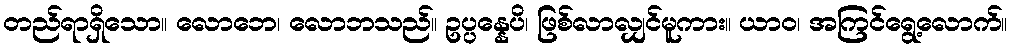
တည်ရာရှိသော။ လောဘေ၊ လောဘသည်။ ဥပ္ပန္နေပိ၊ ဖြစ်လာလျှင်မူကား။ ယာဝ၊ အကြင်ရွေ့လောက်။